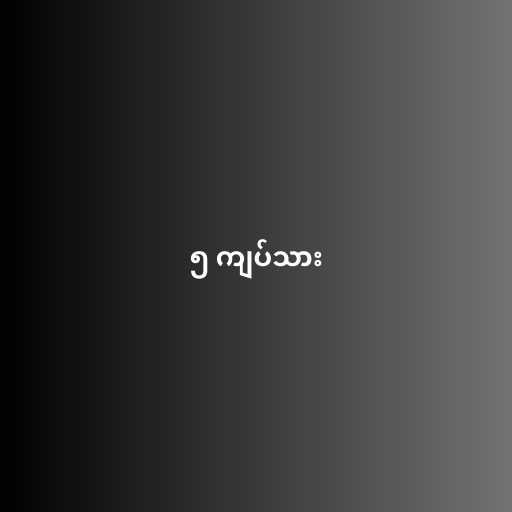
၅ ကျပ်သား